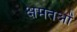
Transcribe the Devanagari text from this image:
क्षमतओं